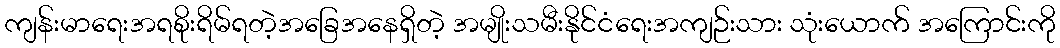
ကျန်းမာရေးအရစိုးရိမ်ရတဲ့အခြေအနေရှိတဲ့ အမျိုးသမီးနိုင်ငံရေးအကျဉ်းသား သုံးယောက် အကြောင်းကို